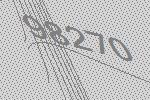
98270